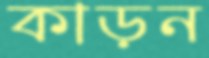
কাড়ন